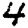
Digit: 4